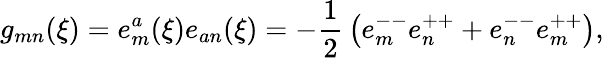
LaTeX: g_{mn}(\xi)=e_{m}^{a}(\xi)e_{an}(\xi)=-{\frac{1}{2}}\left(e_{m}^{--}e_{n}^{++}+e_{n}^{--}e_{m}^{++}\right),